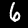
Label: 6